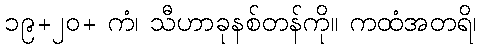
၁၉+၂၀+ ကံ၊ သီဟာခုနစ်တန်ကို။ ကထံအတရိ၊